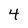
Character: 4